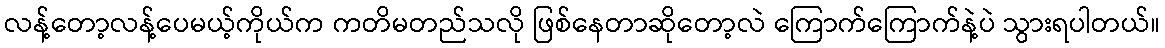
လန့်တော့လန့်ပေမယ့်ကိုယ်က ကတိမတည်သလို ဖြစ်နေတာဆိုတော့လဲ ကြောက်ကြောက်နဲ့ပဲ သွားရပါတယ်။